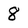
Character: 8